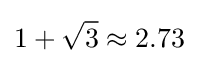
1+{\sqrt {3}}\approx 2.73